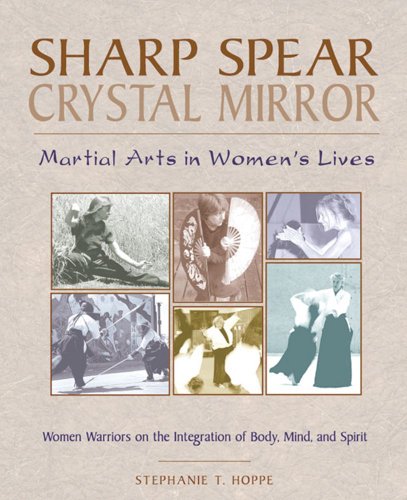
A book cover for Sharp Spear, Crystal Mirror: Martial Arts in Women's Lives; Stephanie T. Hoppe; Sports & Outdoors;